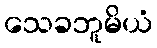
သေခဘူမိယံ